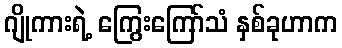
ဂျိုကားရဲ့ ကြွေးကြော်သံ နှစ်ခုဟာက